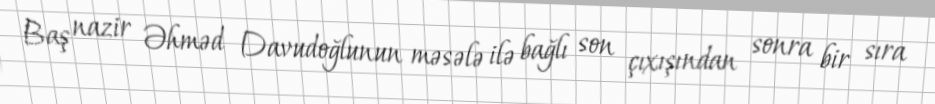
Baş nazir Əhməd Davudoğlunun məsələ ilə bağlı son çıxışından sonra bir sıra